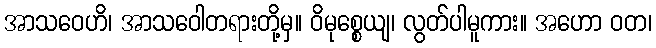
အာသဝေဟိ၊ အာသဝေါတရားတို့မှ။ ဝိမုစ္စေယျ၊ လွတ်ပါမူကား။ အဟော ဝတ၊